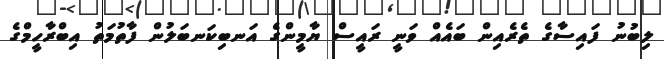
ލިބުނު ފައިސާގެ ތެރެއިން ބައެއް ވަނީ ރައީސް ޔާމީންގެ އަނބިކަނބަލުން ފާތުމަތު އިބްރާހީމްގެ